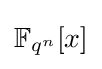
\mathbb {F} _{q^{n}}[x]